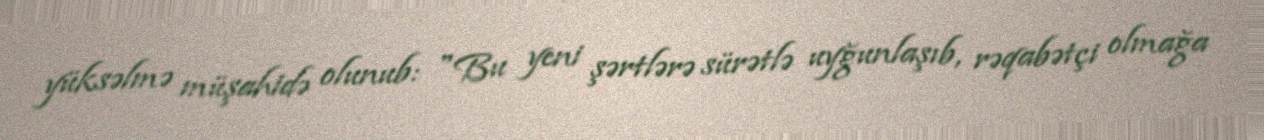
yüksəlmə müşahidə olunub: "Bu yeni şərtlərə sürətlə uyğunlaşıb, rəqabətçi olmağa